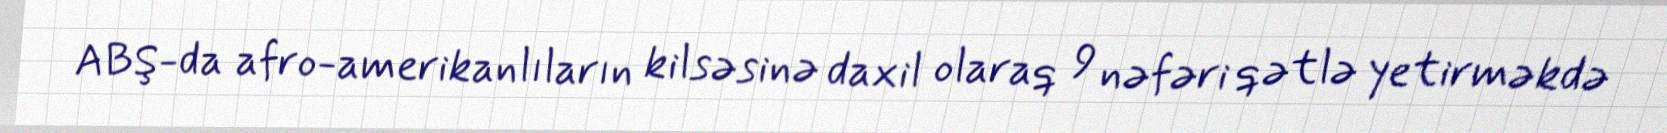
ABŞ-da afro-amerikanlıların kilsəsinə daxil olaraq 9 nəfəri qətlə yetirməkdə